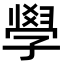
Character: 𭓘